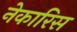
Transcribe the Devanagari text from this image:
नेकारिस